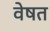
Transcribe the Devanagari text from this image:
वेषत